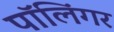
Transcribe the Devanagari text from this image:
पॉलिंगर